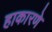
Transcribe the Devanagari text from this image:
हाकारणे